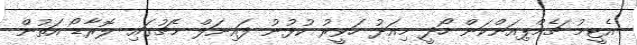
އެޓީމު ޗެމްޕިއަންކަން ހޯދީ މިއަދު ހަވީރު ކުޅުނު ފައިނަލް މެޗުގައި ލޮރާޑޯ އަތުން